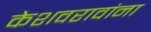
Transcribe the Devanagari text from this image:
केशवरावांना